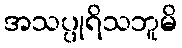
အသပ္ပုရိသဘူမိ